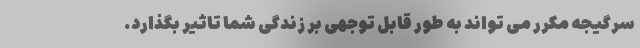
سرگیجه مکرر می تواند به طور قابل توجهی بر زندگی شما تاثیر بگذارد.